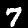
Label: 7